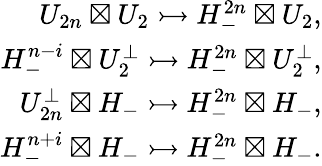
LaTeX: \begin{array}{r}{U_{2n}\boxtimes U_{2}\rightarrowtail H_{-}^{2n}\boxtimes U_{2},}\\ {H_{-}^{n-i}\boxtimes U_{2}^{\perp}\rightarrowtail H_{-}^{2n}\boxtimes U_{2}^{\perp},}\\ {U_{2n}^{\perp}\boxtimes H_{-}\rightarrowtail H_{-}^{2n}\boxtimes H_{-},}\\ {H_{-}^{n+i}\boxtimes H_{-}\rightarrowtail H_{-}^{2n}\boxtimes H_{-}.}\end{array}